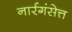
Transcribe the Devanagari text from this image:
नार्रगंसेत्त